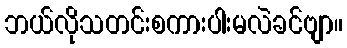
ဘယ်လိုသတင်းစကားပါးမလဲခင်ဗျာ။